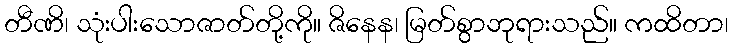
တီဏိ၊ သုံးပါးသောဇာတ်တို့ကို။ ဇိနေန၊ မြတ်စွာဘုရားသည်။ ကထိတာ၊